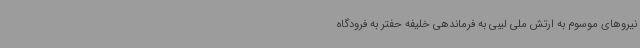
نیروهای موسوم به ارتش ملی لیبی به فرماندهی خلیفه حفتر به فرودگاه